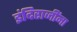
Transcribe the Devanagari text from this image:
इंदिराजींना